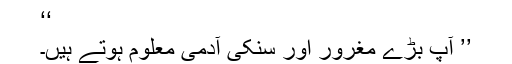
‘‘
’’ آپ بڑے مغرور اور سنکی آدمی معلوم ہوتے ہیں۔